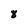
Character: 8